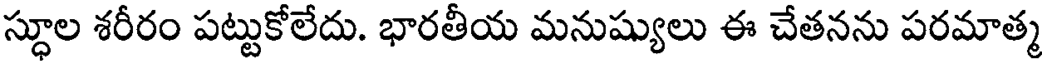
స్థూల శరీరం పట్టుకోలేదు. భారతీయ మనుష్యులు ఈ చేతనను పరమాత్మ